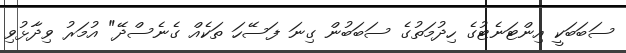
ސަބަބަކީ އިންޓަނެޓުގެ ހިދުމަތުގެ ސަބަބުން ގިނަ ފަސޭހަ ތަކެއް ގެނެސްދޭ" އުމަރު ވިދާޅުވި